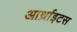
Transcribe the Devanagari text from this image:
आर्थ्राइटस